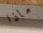
ماذا